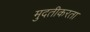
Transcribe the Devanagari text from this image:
मुदतीकरता